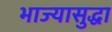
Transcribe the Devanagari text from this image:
भाज्यासुद्धा